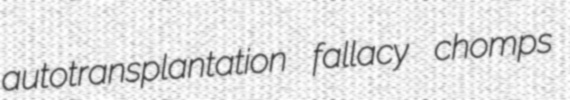
autotransplantation fallacy chomps